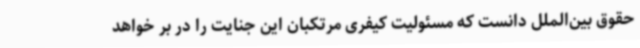
حقوق بین‌الملل دانست که مسئولیت کیفری مرتکبان این جنایت را در بر خواهد